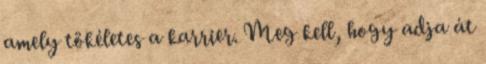
amely tökéletes a karrier. Meg kell, hogy adja át